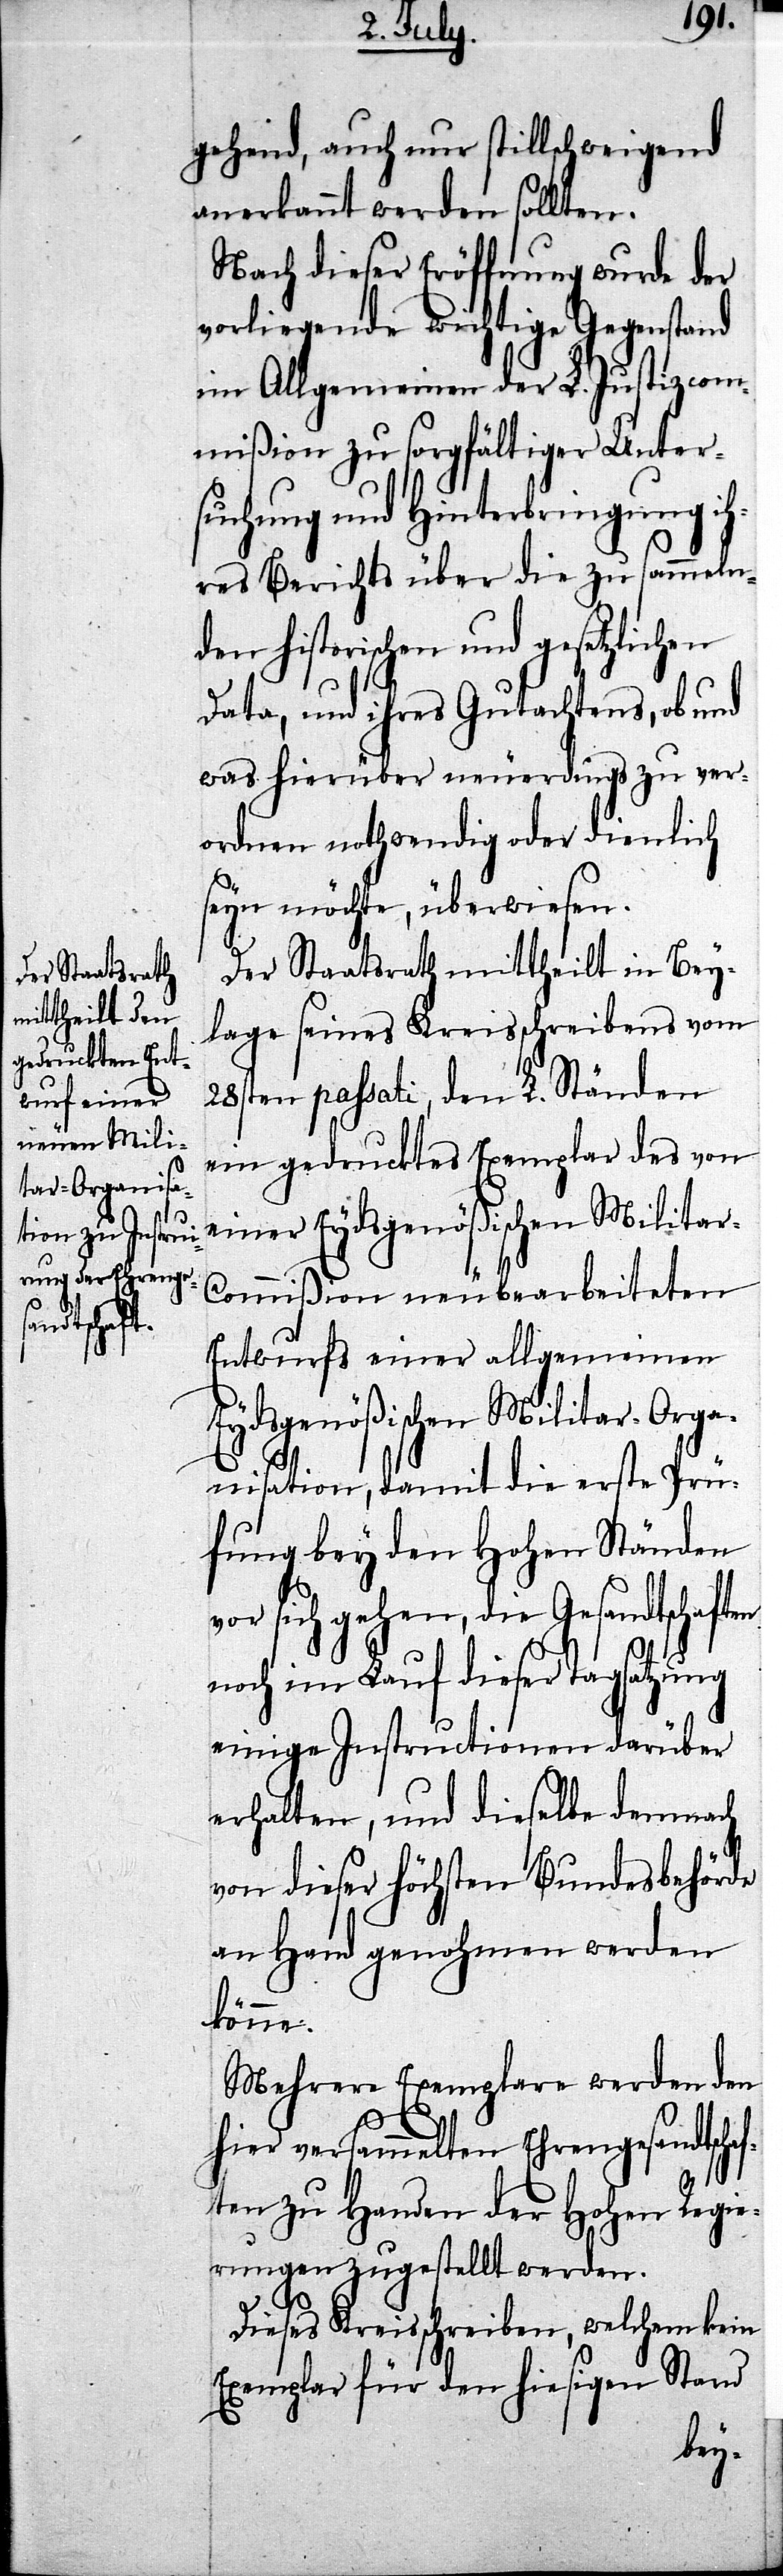
gehend, auch nur stillschweigend
anerkannt werden sollten.
Nach dieser Eröffnung wurde der
vorliegende wichtige Gegenstand
im Allgemeinen der L. Justizcom¬
mißion zu sorgfältiger Unter¬
suchung und Hinterbringung ih¬
res Berichts über die zu sammeln¬
den historischen und gesetzlichen
Data, und ihres Gutachtens, ob und
was hierüber neuerdings zu ver¬
ordnen nothwendig oder dienlich
seyn möchte, überwiesen.
Der Staatsrath mittheilt in Bey¬
lage seines Kreisschreibens vom
28sten passati, den L. Ständen
ein gedrucktes Exemplar des von
einer Eydsgenößischen Milita¬
ommißion neu bearbeiteten
Entwurfs einer allgemeinen
Eydsgenößischen Militar-Orga¬
nisation, damit die erste Prü¬
fung bey den Hohen Ständen
vor sich gehen, die Gesandtschaften
noch im Lauf dieser Tagsatzung
einige Instructionen darüber
erhalten, und dieselbe demnach
von dieser höchsten Bundesbehörde
an Hand genohmen werden
könne.
Mehrere Exemplare werden den
hier versammelten Ehrengesandtschaf¬
ten zu Handen der Hohen Regie¬
rungen zugestellt werden.
Dieses Kreisschreiben, welchem kein
Exemplar für den hiesigen Stand
r-C¬